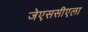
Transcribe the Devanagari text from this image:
जेएससीएला